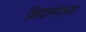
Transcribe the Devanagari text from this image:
शिवानंदच्या